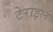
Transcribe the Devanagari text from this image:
टेराइल